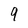
Character: 9